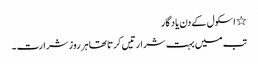
٭ اسکول کے دن یاد گار
تب میں بہت شرارتیں کرتا تھا ہر روز شرارت ۔